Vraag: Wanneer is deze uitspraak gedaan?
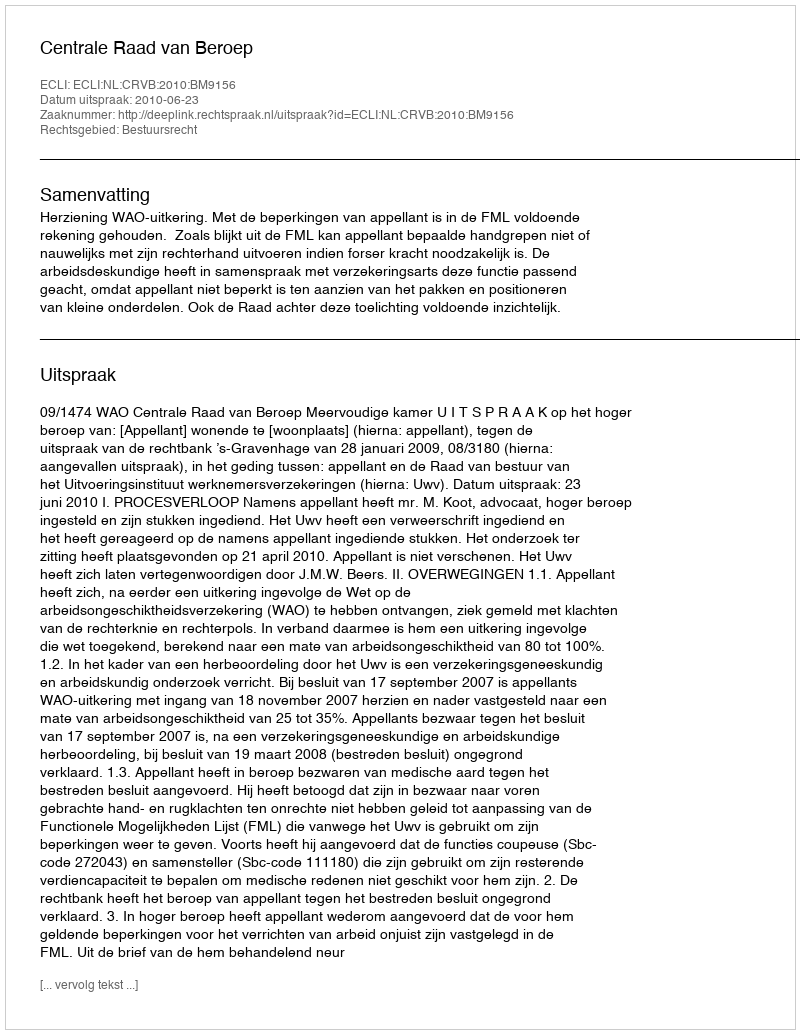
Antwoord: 2010-06-23